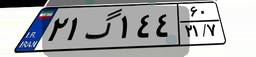
۲۱گ۱۴۴۶۰